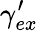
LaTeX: \gamma_{ex}^{\prime}